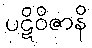
ပဋိဝိဇာနိ